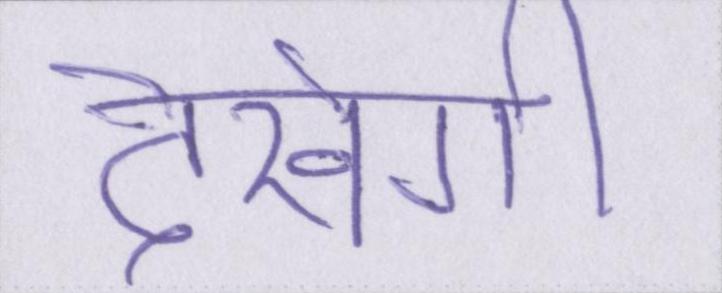
देखेगी